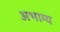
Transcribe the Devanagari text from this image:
अभाग्य